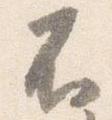
不